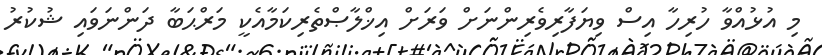
މި އުޅުއްވާ ހުރިހާ އިސް ވިޔަފާރިވެރިންނަށް ވަރަށް އިޚްލާޞްތެރިކަމާއެކީ މަރްޙަބާ ދަންނަވައި ޝުކުރު